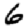
Digit: 6